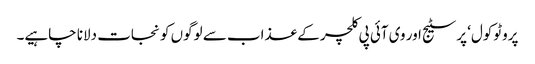
پروٹوکول‘ پرسٹیج اور وی آئی پی کلچر کے عذاب سے لوگوں کو نجات دلانا چاہیے۔